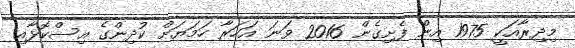
މިދިރާއަކީ 1975 އިން ފެށިގެން 2016 ވަނަ އަހަރާ ހަމަޔަށް ކުދިންގެ އިސްކޮޅާއި